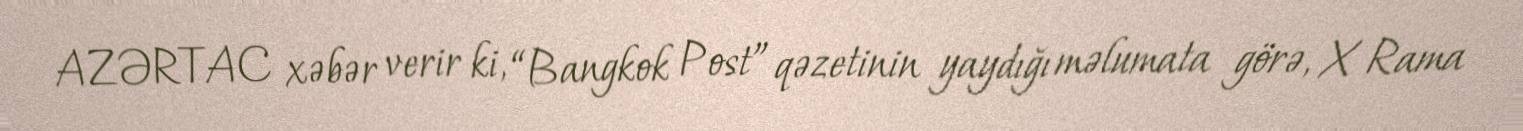
AZƏRTAC xəbər verir ki, “Bangkok Post” qəzetinin yaydığı məlumata görə, X Rama